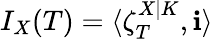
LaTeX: I_{X}(T)=\langle\zeta_{T}^{X|K},\mathbf{i}\rangle